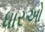
ધારઓ